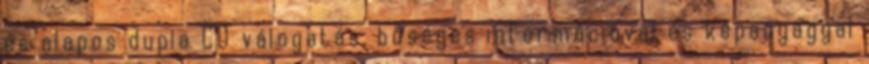
és alapos dupla CD válogatás, bőséges információval és képanyaggal